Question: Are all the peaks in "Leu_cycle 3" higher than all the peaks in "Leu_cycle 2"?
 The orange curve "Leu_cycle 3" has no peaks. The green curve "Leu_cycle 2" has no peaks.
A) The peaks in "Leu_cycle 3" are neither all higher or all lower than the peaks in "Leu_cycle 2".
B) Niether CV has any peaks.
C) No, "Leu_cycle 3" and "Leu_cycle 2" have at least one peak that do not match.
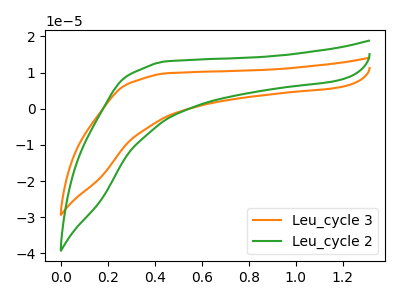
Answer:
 <answer>B) Niether CV has any peaks.</answer>
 <eval>B</eval>